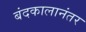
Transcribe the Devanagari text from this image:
बंदकालानंतर